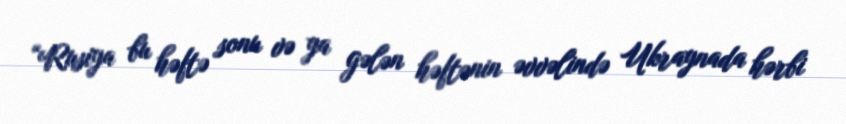
“Rusiya bu həftə sonu və ya gələn həftənin əvvəlində Ukraynada hərbi